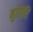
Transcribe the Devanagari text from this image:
मुशिरि